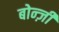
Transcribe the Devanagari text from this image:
बोन्ज़ी